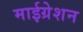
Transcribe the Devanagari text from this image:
माईग्रेशन